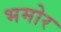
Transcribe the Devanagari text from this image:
भमोर